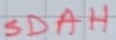
Text: SDAH